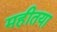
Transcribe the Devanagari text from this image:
महीतया